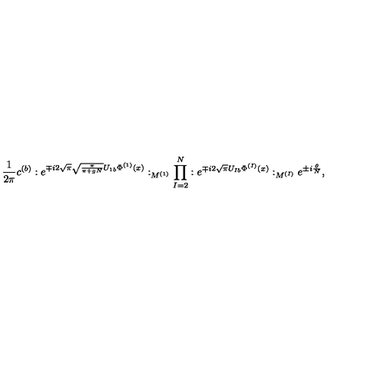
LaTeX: \frac { 1 } { 2 \pi } c ^ { ( b ) } : e ^ { \mp i 2 \sqrt { \pi } \sqrt { \frac { \pi } { \pi + g N } } U _ { 1 b } \Phi ^ { ( 1 ) } ( x ) } : _ { M ^ { ( 1 ) } } \prod _ { I = 2 } ^ { N } : e ^ { \mp i 2 \sqrt { \pi } U _ { I b } \Phi ^ { ( I ) } ( x ) } : _ { M ^ { ( I ) } } e ^ { \pm i \frac { \theta } { N } } ,